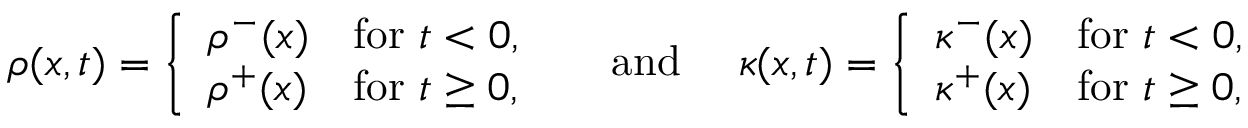
\begin{array} { r } { \rho ( x , t ) = \left\{ \begin{array} { l l } { \rho ^ { - } ( x ) } & { \mathrm { f o r ~ } t < 0 , } \\ { \rho ^ { + } ( x ) } & { \mathrm { f o r ~ } t \geq 0 , } \end{array} \right. \quad \mathrm { ~ a n d ~ } \quad \kappa ( x , t ) = \left\{ \begin{array} { l l } { \kappa ^ { - } ( x ) } & { \mathrm { f o r ~ } t < 0 , } \\ { \kappa ^ { + } ( x ) } & { \mathrm { f o r ~ } t \geq 0 , } \end{array} \right. } \end{array}